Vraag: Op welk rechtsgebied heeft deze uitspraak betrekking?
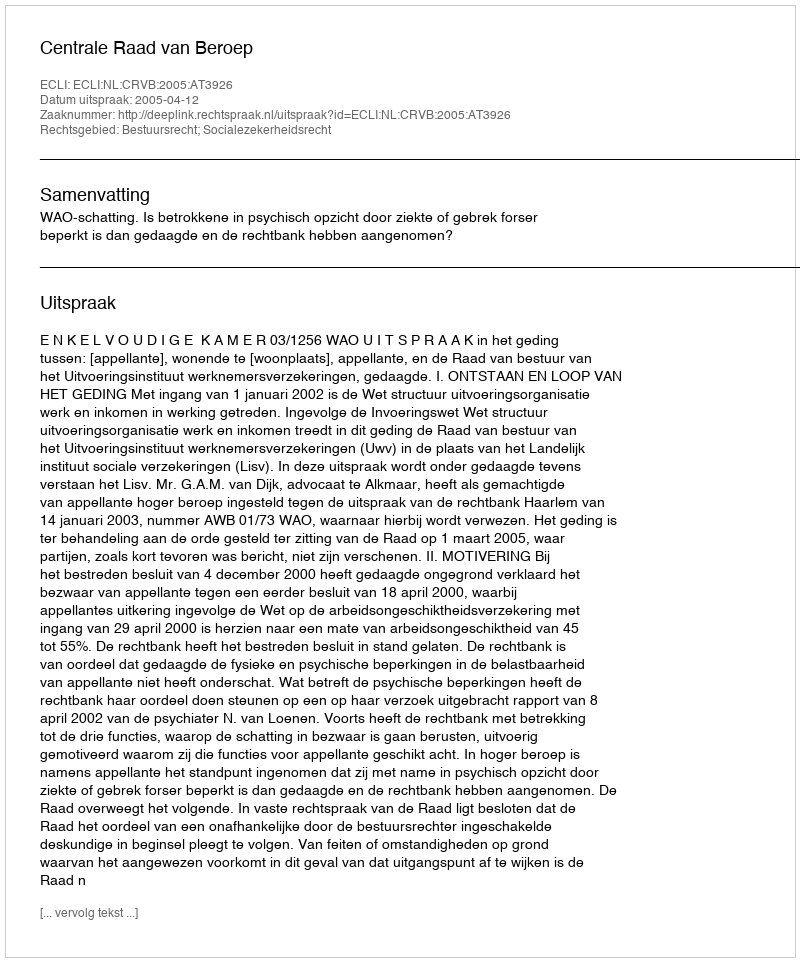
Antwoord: Bestuursrecht; Socialezekerheidsrecht